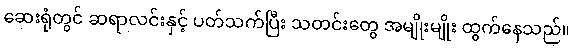
ဆေးရုံတွင် ဆရာလင်းနှင့် ပတ်သက်ပြီး သတင်းတွေ အမျိုးမျိုး ထွက်နေသည်။